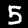
Label: 5